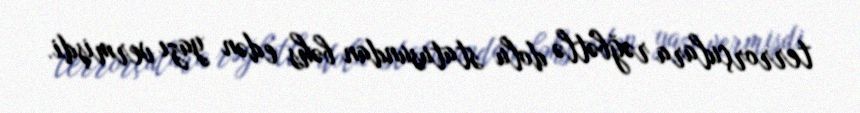
terrorçulara rəğbətlə dolu statusundan bəhs edən yazı vermişdi.